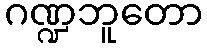
ဂဏ္ဍဘူတော